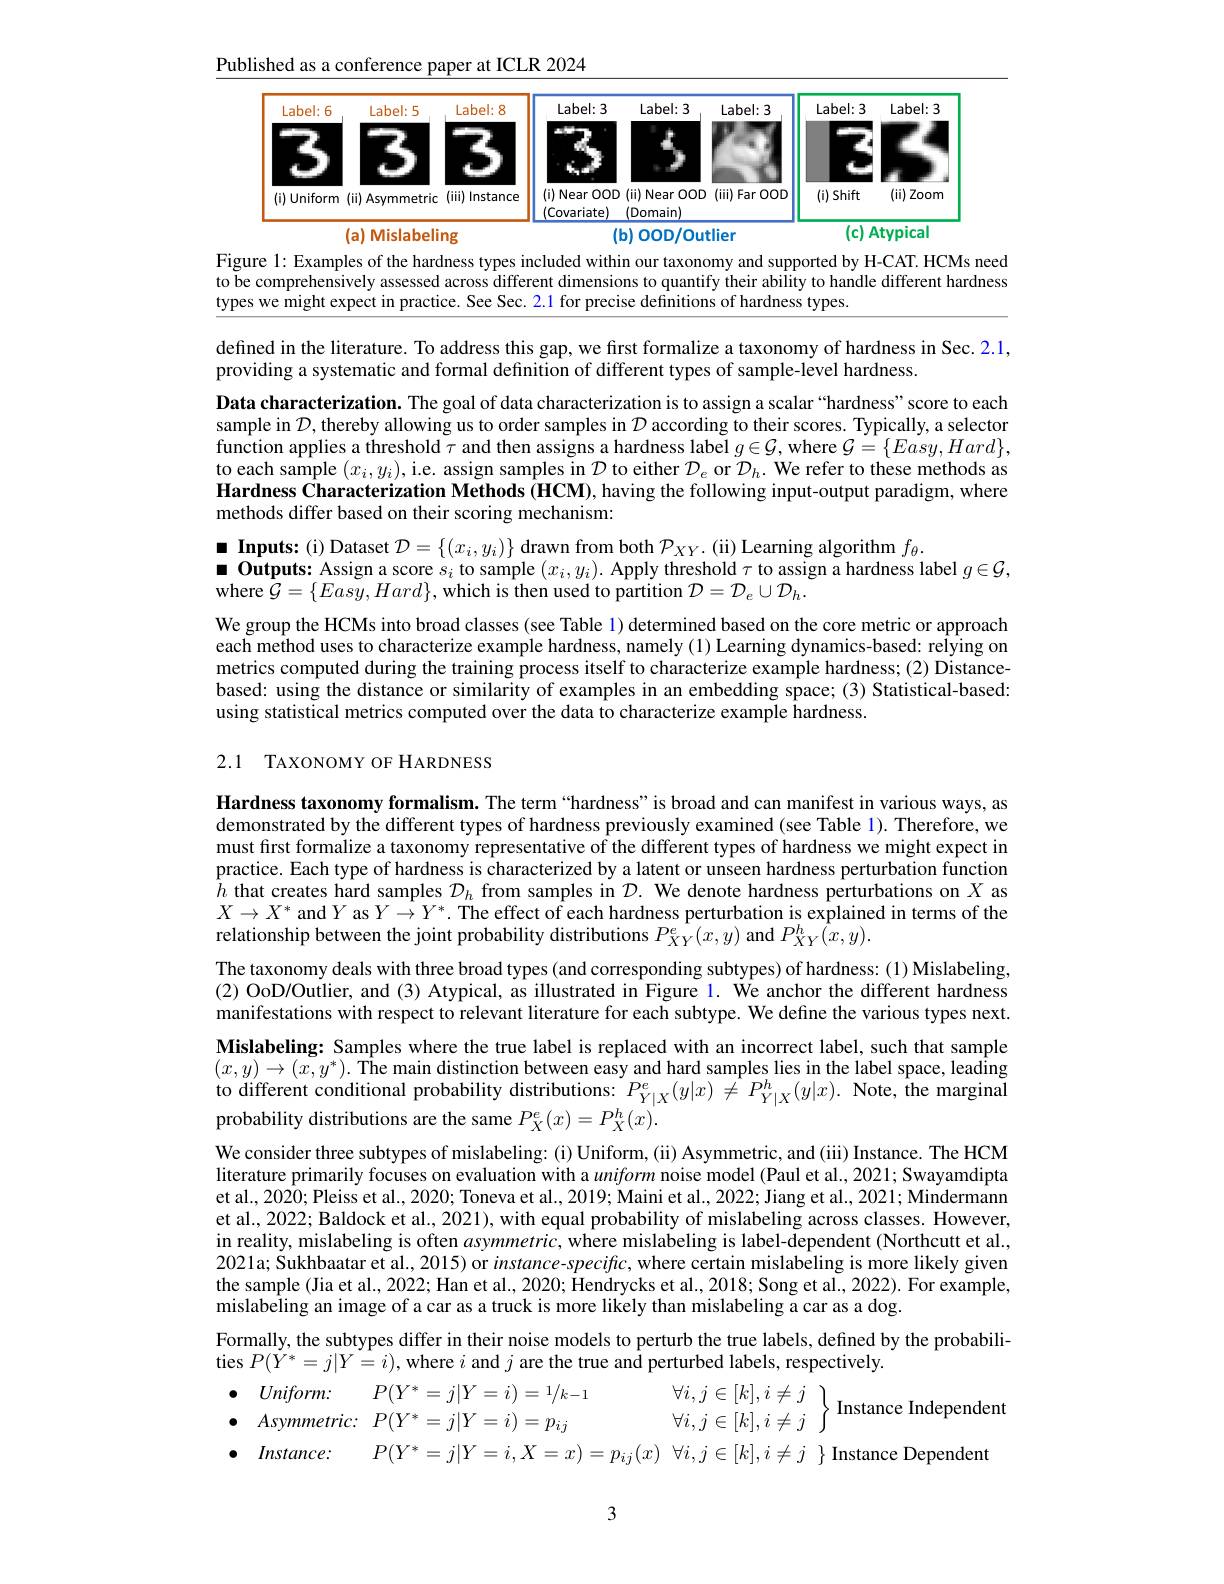
Published as a conference paper at ICLR 2024
<FigureHere>

to

defined in the literature. To address this gap, we first formalize a taxonomy of hardness in Sec. 2.1,
providing a systematic and formal definition of different types of sample-level hardness.
Data characterization. The goal of data characterization is to assign a scalar“hardness”score to each sample in $\mathcal{D}$,thereby allowing us to order samples in $\mathcal{D}$ according to their scores. Typically, a selector function applies a threshold $\tau$ and then assigns a hardness label $g\in\mathcal{G}$,where $\mathcal{G}=\{Easy,Hard\}$, to each sample $(x_i,y_i)$, i.e. assign samples in $\mathcal{D}$ to either $\mathcal{D}_e$ or $\mathcal{D}_h.$ We refer to these methods as Hardness Characterization Methods (HCM), having the following input-output paradigm, where methods differ based on their scoring mechanism:
$\blacksquare$ Inputs: (i) Dataset $\mathcal{D}=\{(x_i,y_i)\}$ drawn from both $\mathcal{P}_XY.$ (ii) Learning algorithm $f_\theta.$
$\blacksquare$ Outputs: Assign a score $s_i$ to sample $(x_i,y_i).$ Apply threshold $\tau$ to assign a hardness label $g\in\mathcal{G}$,
where $\bar{\mathcal{G}}=\{Eas\tilde{y},Hard\}$,which is then used to partition $\mathcal{D}=\mathcal{D}_e\cup\mathcal{D}_h.$
We group the HCMs into broad classes (see Table 1) determined based on the core metric or approach each method uses to characterize example hardness, namely (1) Learning dynamics-based: relying on metrics computed during the training process itself to characterize example hardness; (2) Distancebased: using the distance or similarity of examples in an embedding space; (3) Statistical-based: using statistical metrics computed over the data to characterize example hardness.

### 2.1 TAXONOMY OF HARDNESS

Hardness taxonomy formalism. The term “hardness”is broad and can manifest in various ways, as demonstrated by the different types of hardness previously examined (see Table 1). Therefore, we must first formalize a taxonomy representative of the different types of hardness we might expect in practice. Each type of hardness is characterized by a latent or unseen hardness perturbation function $h$ that creates hard samples $\mathcal{D}_h$ from samples in $\mathcal{D}.$ We denote hardness perturbations on $X$ as $X\to X^*$ and$Y$ as$Y\to Y^*.$ The effect of each hardness perturbation is explained in terms of the relationship between the joint probability distributions $P_{XY}^{e}(x,y)$ and $P_{XY}^{h}(x,y).$

manifestations with respect to relevant literature for each subtype. We define the various types next. Mislabeling: Samples where the true label is replaced with an incorrect label, such that sample $( x, y) \to ( x, y^{* }) . \textbf{ The main distinction between easy and hard samples lies in the label space, leading}$ to different conditional probability distributions: $P_{Y|X}^{e}(y|x)\neq P_{Y|X}^{h}(y|x).$ Note, the marginal probability distributions are the same $P_X^e(x)=P_X^h(x).$

The taxonomy deals with three broad types (and corresponding subtypes) of hardness: (1) Mislabeling, (2) OoD/Outlier, and (3) Atypical, as illustrated in Figure 1. We anchor the different hardness We consider three subtypes of mislabeling: (i) Uniform, (ii) Asymmetric, and (iii) Instance. The HCM literature primarily focuses on evaluation with a uniform noise model (Paul et al., 2021; Swayamdipta et al., 2020; Pleiss et al., 2020; Toneva et al., 2019; Maini et al., 2022; Jiang et al., 2021; Mindermann et al., 2022; Baldock et al., 2021), with equal probability of mislabeling across classes. However, in reality, mislabeling is often $asymmetric$, where mislabeling is label-dependent (Northcutt et al., 2021a; Sukhbaatar et al., 2015) or instance-specific, where certain mislabeling is more likely given the sample (Jia et al., 2022; Han et al., 2020; Hendrycks et al., 2018; Song et al., 2022). For example, mislabeling an image of a car as a truck is more likely than mislabeling a car as a dog.
Formally, the subtypes differ in their noise models to perturb the true labels, defined by the probabili-
ties $P(\dot{Y}^{*}=j|Y=i)$, where $i$ and $j$ are the true and perturbed labels, respectively.
$\begin{aligned}&\bullet&Uniform:&P(Y^{*}=j|Y=i)=1/k-1&\forall i,j\in[k],i\neq j\\&\bullet&Asymmetric:&P(Y^{*}=j|Y=i)=p_{ij}&\forall i,j\in[k],i\neq j\end{aligned}$Instance Independen
$P( Y^{* }= j| Y= i, X= x) = p_{ij}( x)$ $\forall i, j\in [ k] , i\neq j$ $\}$ Instance Dependen

3